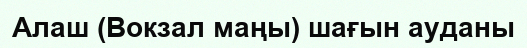
Алаш (Вокзал маңы) шағын ауданы